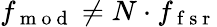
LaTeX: f_{\mathrm{~m~o~d~}}\neq N\cdot f_{\mathrm{~f~s~r~}}